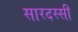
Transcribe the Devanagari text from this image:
सारदस्सी